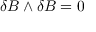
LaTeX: \delta B \wedge \delta B = 0